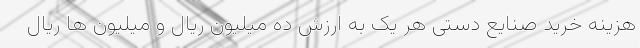
هزینه خرید صنایع دستی هر یک به ارزش ده میلیون ریال و میلیون ها ریال